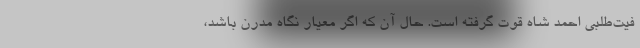
فیت‌طلبی احمد شاه قوت گرفته است. حال آن که اگر معیار نگاه مدرن باشد،